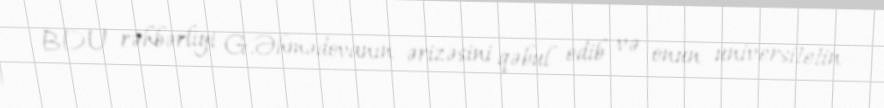
BDU rəhbərliyi G.Əhmədovanın ərizəsini qəbul edib və onun universitetin